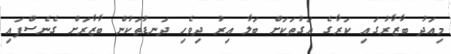
މިއަދު ބާޒާރުގައި ކަރާގެ އަގުތަކަށް ބަލާ އިރު ދިވެހި ދަނޑުތަކުން ބާޒާރަށް ގެނެސްފައި